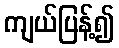
ကျယ်ပြန့်၍